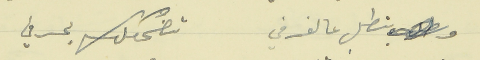
بتطل عالغرفي                                    تضحكلك بحرفي